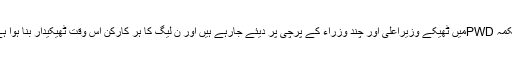
محکمہ PWDمیں ٹھیکے وزیراعلیٰ اور چند وزراء کے پرچی پر دیئے جارہے ہیں اور ن لیگ کا ہر کارکن اس وقت ٹھیکیدار بنا ہوا ہے ۔